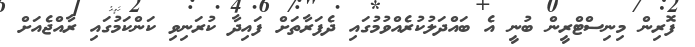
ފޮރިން މިނިސްޓްރީން ބުނީ އެ ބައްދަލުކުރެއްވުމުގައި ދެފަރާތަށް ފައިދާ ކުރަނިވި ކަންކަމުގައި ރާއްޖެއަށް